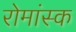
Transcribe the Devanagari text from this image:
रोमांस्क